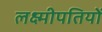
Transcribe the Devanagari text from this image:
लक्ष्मीपतियों